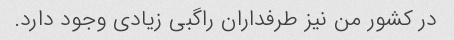
در کشور من نیز طرفداران راگبی زیادی وجود دارد.